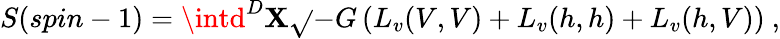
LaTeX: S(spin-1)=\intd^{D}\mathbf{X}\sqrt{}{{-G}}\left(L_{v}(V,V)+L_{v}(h,h)+L_{v}(h,V)\right)~,